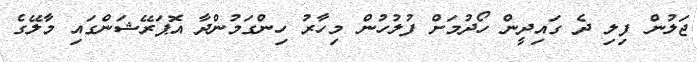
ޖަލުން ފިލި ދެ ގައިދީން ހޯދުމަށް ފުލުހުން މިހާރު ހިންގަމުންދާ އޮޕަރޭޝަންގައި މާލޭގެ